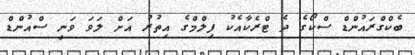
ބެކްގްރައުންޑް ސްކޯގެ ދެ ޓްރެކާއެކު ފިލްމްގެ އިތުރު އަށް ލަވަ ވަނީ ސްއުންޑް